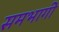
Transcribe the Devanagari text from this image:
समभागी